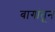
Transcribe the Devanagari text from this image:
बागांतून